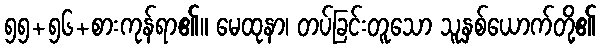
၅၅+၅၆+စားကုန်ရာ၏။ မေထုနာ၊ တပ်ခြင်းတူသော သူနှစ်ယောက်တို့၏